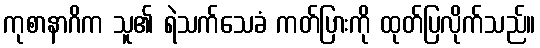
ကုစာနာဂိက သူ၏ ရဲသက်သေခံ ကတ်ပြားကို ထုတ်ပြလိုက်သည်။